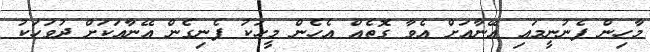
މާހިން ފެނުނީމައި އޭނާއަށް އެވާ ގޮތެއް އެހެން މީހަކު ފެނިގެން އޭނާއަކަށް ދުވަހަކު